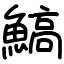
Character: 鰝